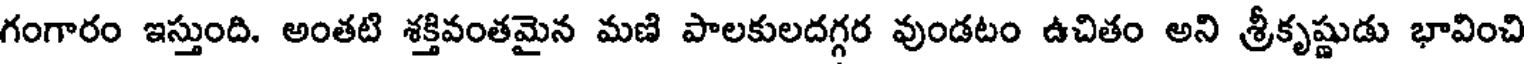
గంగారం ఇస్తుంది. అంతటి శక్తివంతమైన మణి పాలకులదగ్గర వుండటం ఉచితం అని శ్రీకృష్ణుడు భావించి